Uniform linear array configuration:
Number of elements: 24
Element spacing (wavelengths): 0.25
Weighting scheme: binomial
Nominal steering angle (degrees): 0
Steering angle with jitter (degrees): -1.388
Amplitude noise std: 0.05
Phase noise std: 0.05

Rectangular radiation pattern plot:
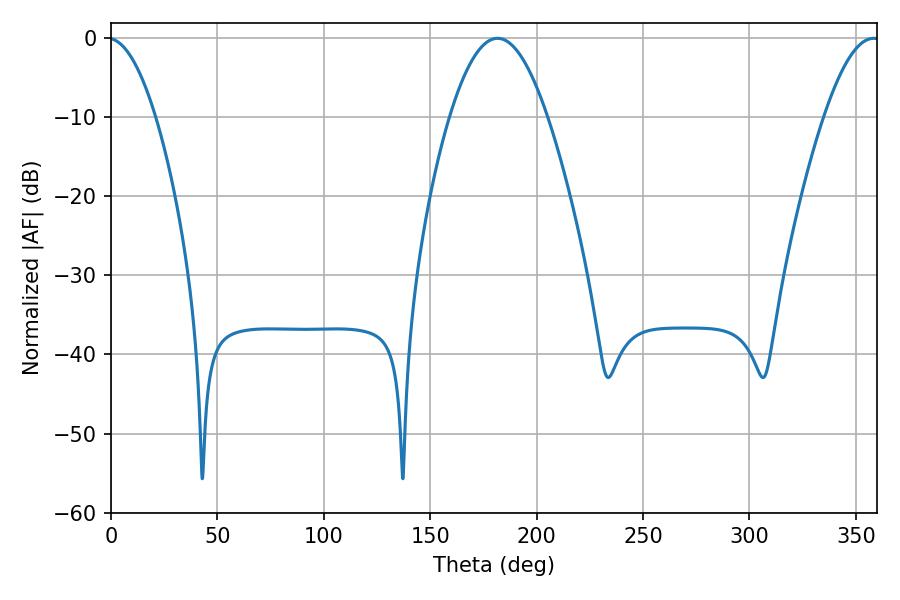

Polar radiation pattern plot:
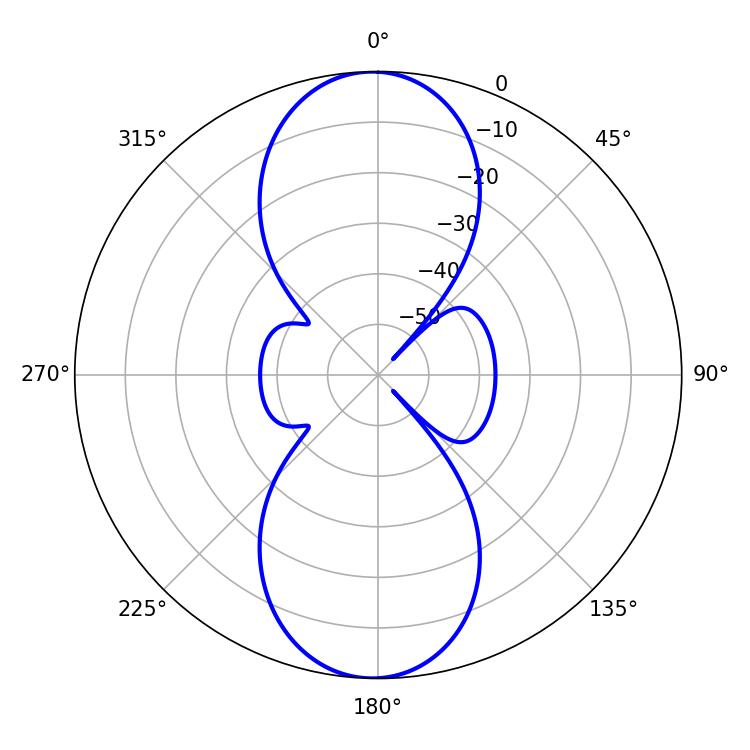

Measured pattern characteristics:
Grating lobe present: FALSE
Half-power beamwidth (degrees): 25.02
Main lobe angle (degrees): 181.62